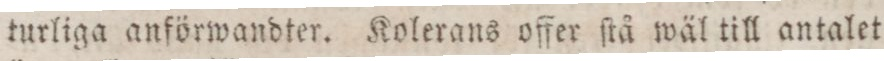
turliga anförwandter. Kolerans offer ſtå wäl till antalet